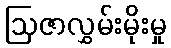
ဩဇာလွှမ်းမိုးမှု